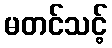
မတင်သင့်